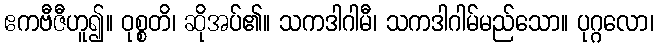
ဧကဗီဇီဟူ၍။ ဝုစ္စတိ၊ ဆိုအပ်၏။ သကဒါဂါမီ၊ သကဒါဂါမ်မည်သော။ ပုဂ္ဂလော၊